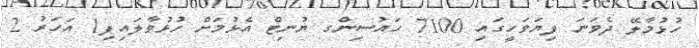
ހުޅުމާލޭ ދެވަނަ ފިޔަވަހީގައި 7100 ހައުސިންގ ޔުނިޓް އެޅުމަށް ހުޅުވާލައިފި1 އަހަރު 2